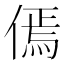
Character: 傿